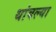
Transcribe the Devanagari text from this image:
थांबल्या